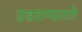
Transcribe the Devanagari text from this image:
उडवण्यातले